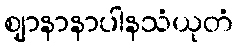
ဈာနာနာပါနသံယုတံ